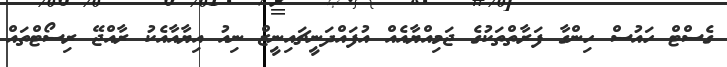
ގެސްޓް ހައުސް ހިންގާ ފަރާތްތަކުގެ ޖަމިއްޔާއެއް އުފައްދަނީޗައިނީޒް ނިއު އިޔާއާއެކު ރާއްޖޭ ރިސޯޓްތައް